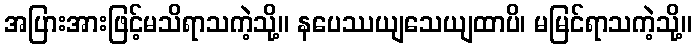
အပြားအားဖြင့်မသိရာသကဲ့သို့။ နပေဿယျသေယျထာပိ၊ မမြင်ရာသကဲ့သို့။